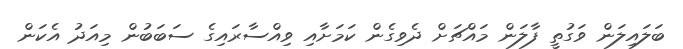
ބަލައިލަން ވަގުތީ ފާލަން މައްޗަށް ދެވިގެން ކަމަށާއި ވިއްސާރައިގެ ސަބަބުން މިއަދު އެކަން